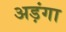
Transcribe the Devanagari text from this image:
अड़ंगा